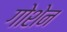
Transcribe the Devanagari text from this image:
गोशेन